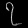
Digit: ၇